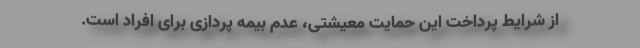
از شرایط پرداخت این حمایت معیشتی، عدم بیمه پردازی برای افراد است.